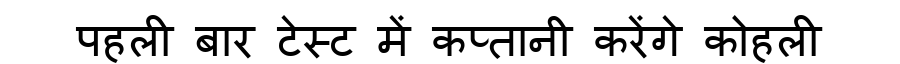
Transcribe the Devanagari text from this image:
पहली बार टेस्ट में कप्तानी करेंगे कोहली